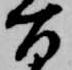
百